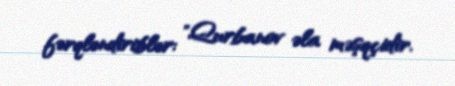
fərqləndiriblər: "Qurbanov əla məşqçidir.